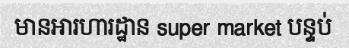
មានអារហារដ្ឋាន super market បន្ទប់